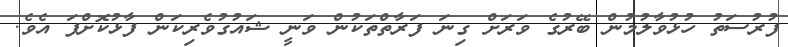
ފުރުސަތު ހުޅުވާލުމުން ބޭރުގެ ވަރަށް ގިނަ ފަރާތްތަކުން ވަނީ ޝައުގުވެރިކަން ފާޅުކޮށްފަ އެވެ.